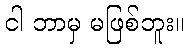
ငါ ဘာမှ မဖြစ်ဘူး။